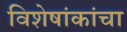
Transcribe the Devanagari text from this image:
विशेषांकांचा